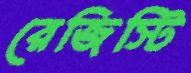
রেজিস্টি